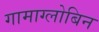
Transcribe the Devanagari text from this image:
गामाग्लोबिन